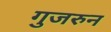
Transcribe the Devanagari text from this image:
गुजरुन